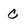
Character: c